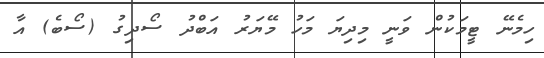
ހިމެނޭ ޓީމަކުން ވަނީ މިދިޔަ މަހު މޭޔަރު އަބްދު ސޯދިގު (ސޯބެ) އާ